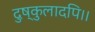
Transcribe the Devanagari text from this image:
दुष्कुलादपि।।